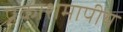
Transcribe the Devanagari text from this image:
प्रकाशमापीय